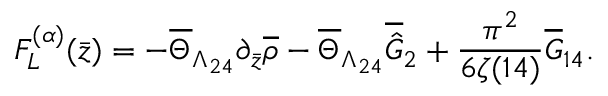
F _ { L } ^ { ( \alpha ) } ( \bar { z } ) = - \overline { { { \Theta } } } _ { \Lambda _ { 2 4 } } \partial _ { \bar { z } } \overline { { { \rho } } } - \overline { { { \Theta } } } _ { \Lambda _ { 2 4 } } \overline { { { \hat { G } } } } _ { 2 } + \frac { \pi ^ { 2 } } { 6 \zeta ( 1 4 ) } \overline { { { G } } } _ { 1 4 } .